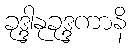
ခုဒ္ဒါနုခုဒ္ဒကာနိ